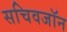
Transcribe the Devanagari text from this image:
सचिवजॉन